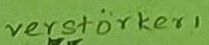
Text: verstärker1